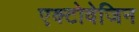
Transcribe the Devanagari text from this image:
एक्टोवेजिन